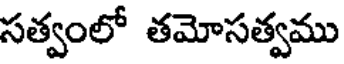
సత్వంలో తమోసత్వము